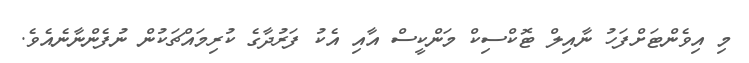
މި އިވެންޓަށްފަހު ނާއިލް ޓޮކްސިކް މަންކީސް އާއި އެކު ފަރުދާގެ ކުރިމައްޗަކުން ނުފެންނާނެއެވެ.